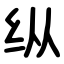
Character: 纵